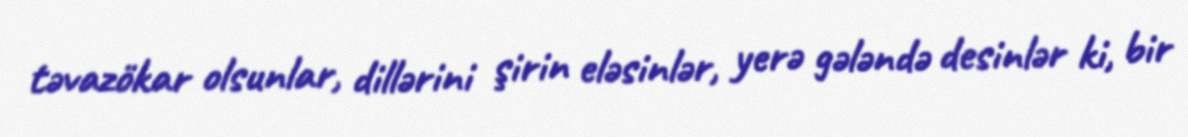
təvazökar olsunlar, dillərini şirin eləsinlər, yerə gələndə desinlər ki, bir